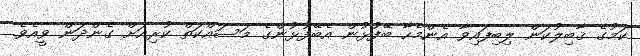
ކަމުގެ ޤާބިލުކަން ލިބިފައިވާ އެންމެހާ ބޭފުޅުން އެބޭފުޅުންގެ މަސައްކަތް ކުރިއަށް ގެންދަން ވީއެވެ.